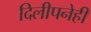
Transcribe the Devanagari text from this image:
दिलीपनेही